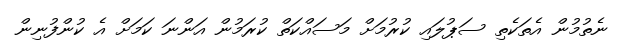
ނެތުމުން އެތަކެތި ސަޕުލައި ކުރުމަށް މަސައްކަތް ކުރަމުން އަންނަ ކަމަށް އެ ކުންފުނިން